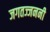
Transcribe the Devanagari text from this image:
जगतज्जननी